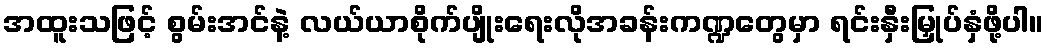
အထူးသဖြင့် စွမ်းအင်နဲ့ လယ်ယာစိုက်ပျိုးရေးလိုအခန်းကဏ္ဍတွေမှာ ရင်းနှီးမြှုပ်နှံဖို့ပါ။